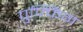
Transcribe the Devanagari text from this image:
पुफ्फिंग